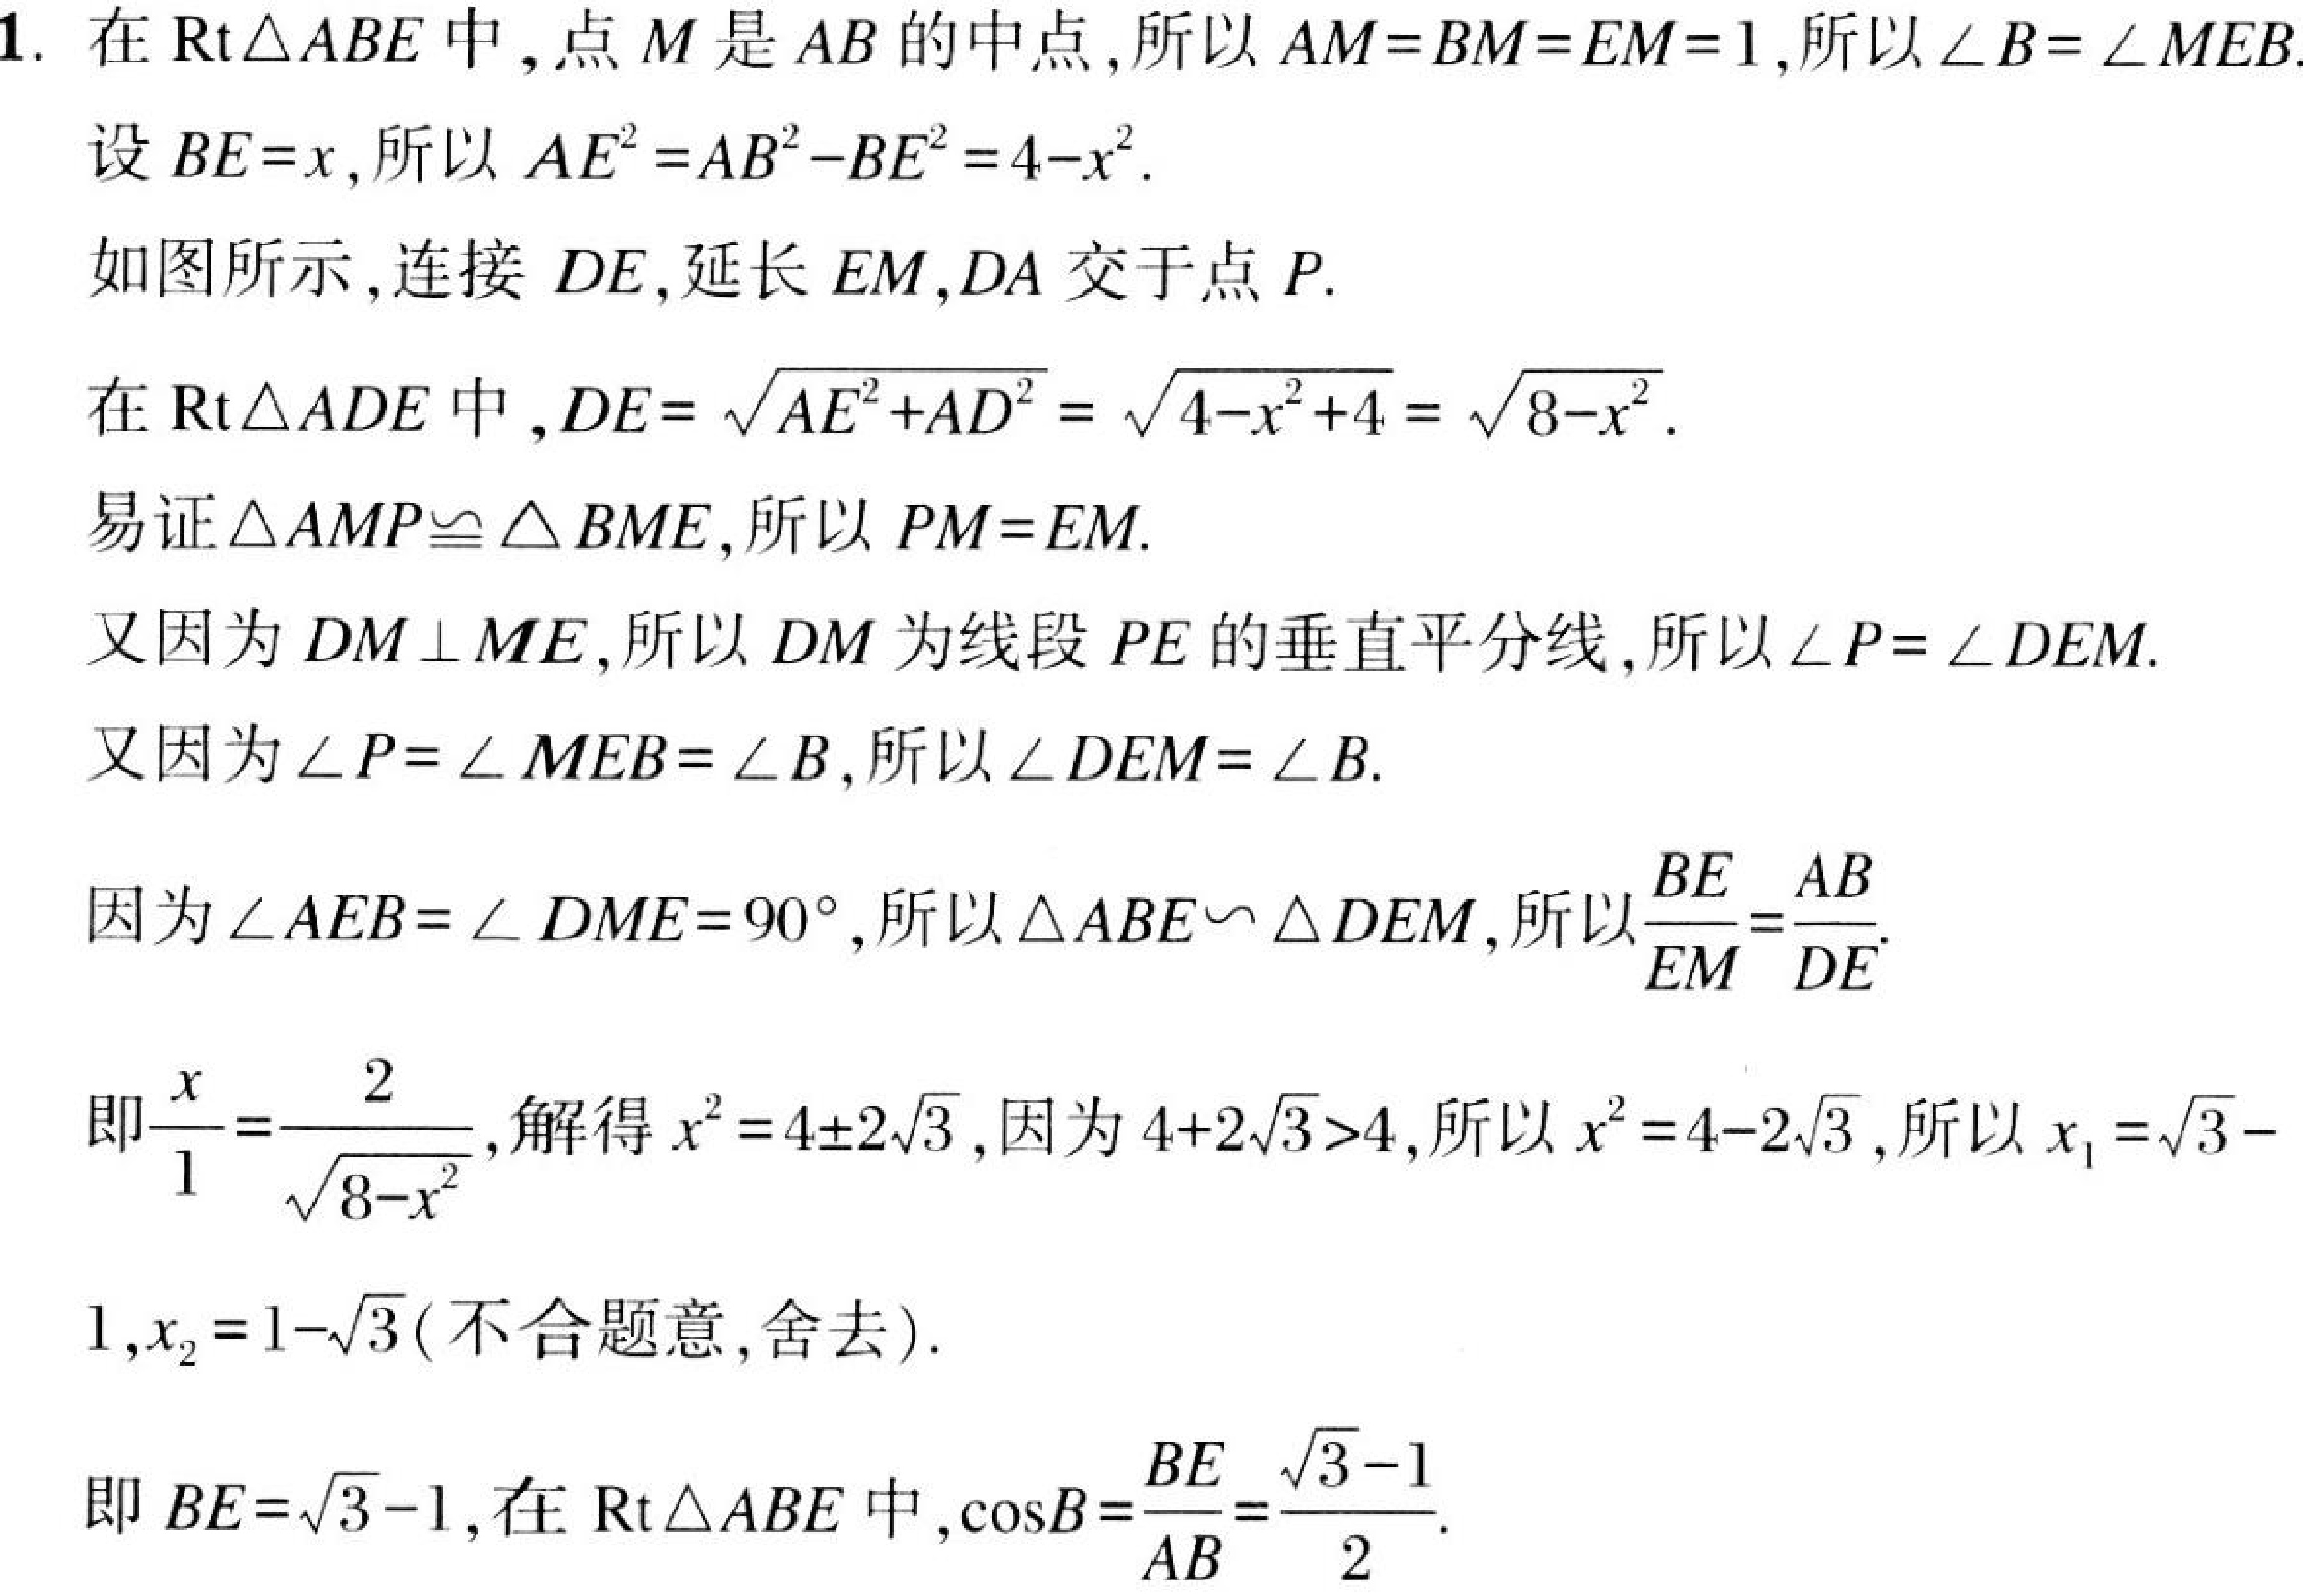
1. 在\(\mathrm{Rt}\triangle ABE\)中，点\(M\)是\(AB\)的中点，所以\(AM = BM = EM = 1\)，所以\(\angle B=\angle MEB\).
设\(BE = x\)，所以\(AE^{2}=AB^{2}-BE^{2}=4 - x^{2}\).
如图所示，连接 \(DE\)，延长 \(EM\)，\(DA\) 交于点 \(P\).
在\(\mathrm{Rt}\triangle ADE\)中，\(DE=\sqrt{AE^{2}+AD^{2}}=\sqrt{4 - x^{2}+4}=\sqrt{8 - x^{2}}\).
易证\(\triangle AMP\cong\triangle BME\)，所以\(PM = EM\).
又因为\(DM\perp ME\)，所以 \(DM\) 为线段 \(PE\) 的垂直平分线，所以\(\angle P=\angle DEM\).
又因为\(\angle P = \angle MEB=\angle B\)，所以\(\angle DEM=\angle B\).
因为\(\angle AEB=\angle DME = 90^{\circ}\)，所以\(\triangle ABE\backsim\triangle DEM\)，所以\(\frac{BE}{EM}=\frac{AB}{DE}\).
即\(\frac{x}{1}=\frac{2}{\sqrt{8 - x^{2}}}\)，解得\(x^{2}=4\pm2\sqrt{3}\)，因为\(4 + 2\sqrt{3}>4\)，所以\(x^{2}=4 - 2\sqrt{3}\)，所以\(x_{1}=\sqrt{3}-1\)，\(x_{2}=1-\sqrt{3}\)（不合题意，舍去）.
即\(BE=\sqrt{3}-1\)，在\(\mathrm{Rt}\triangle ABE\)中，\(\cos B=\frac{BE}{AB}=\frac{\sqrt{3}-1}{2}\).